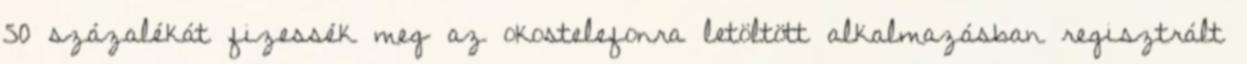
50 százalékát fizessék meg az okostelefonra letöltött alkalmazásban regisztrált